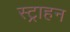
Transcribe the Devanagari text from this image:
स्ट्राहन